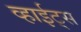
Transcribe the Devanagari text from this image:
व्हाईट्स